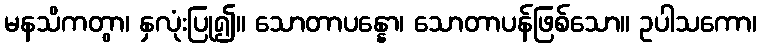
မနသိကတွာ၊ နှလုံးပြု၍။ သောတာပန္နော၊ သောတာပန်ဖြစ်သော။ ဥပါသကော၊